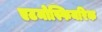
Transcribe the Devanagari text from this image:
एटमोस्फियरिक